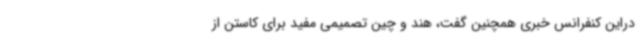
دراین کنفرانس خبری همچنین گفت، هند و چین تصمیمی مفید برای کاستن از